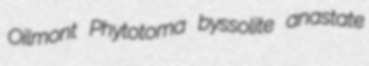
Oilmont Phytotoma byssolite anastate